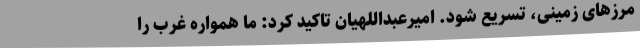
مرزهای زمینی، تسریع شود. امیرعبداللهیان تاکید کرد: ما همواره غرب را